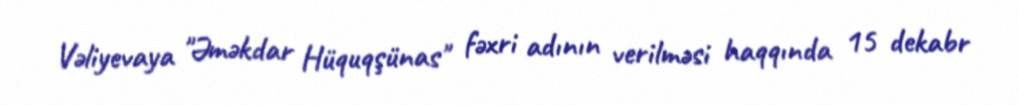
Vəliyevaya "Əməkdar Hüquqşünas" fəxri adının verilməsi haqqında 15 dekabr